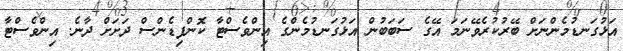
އަޅުގަނޑުމެންނަށް ބޭރުކުރެވޭނަމަ އޭގެ ސަބަބުން އަޅުގަނޑުމެންގެ އިންވެސްޓާ ކޮންފިޑެންސް ދަށަށް ދާނެ. އިންވެސްޓާ